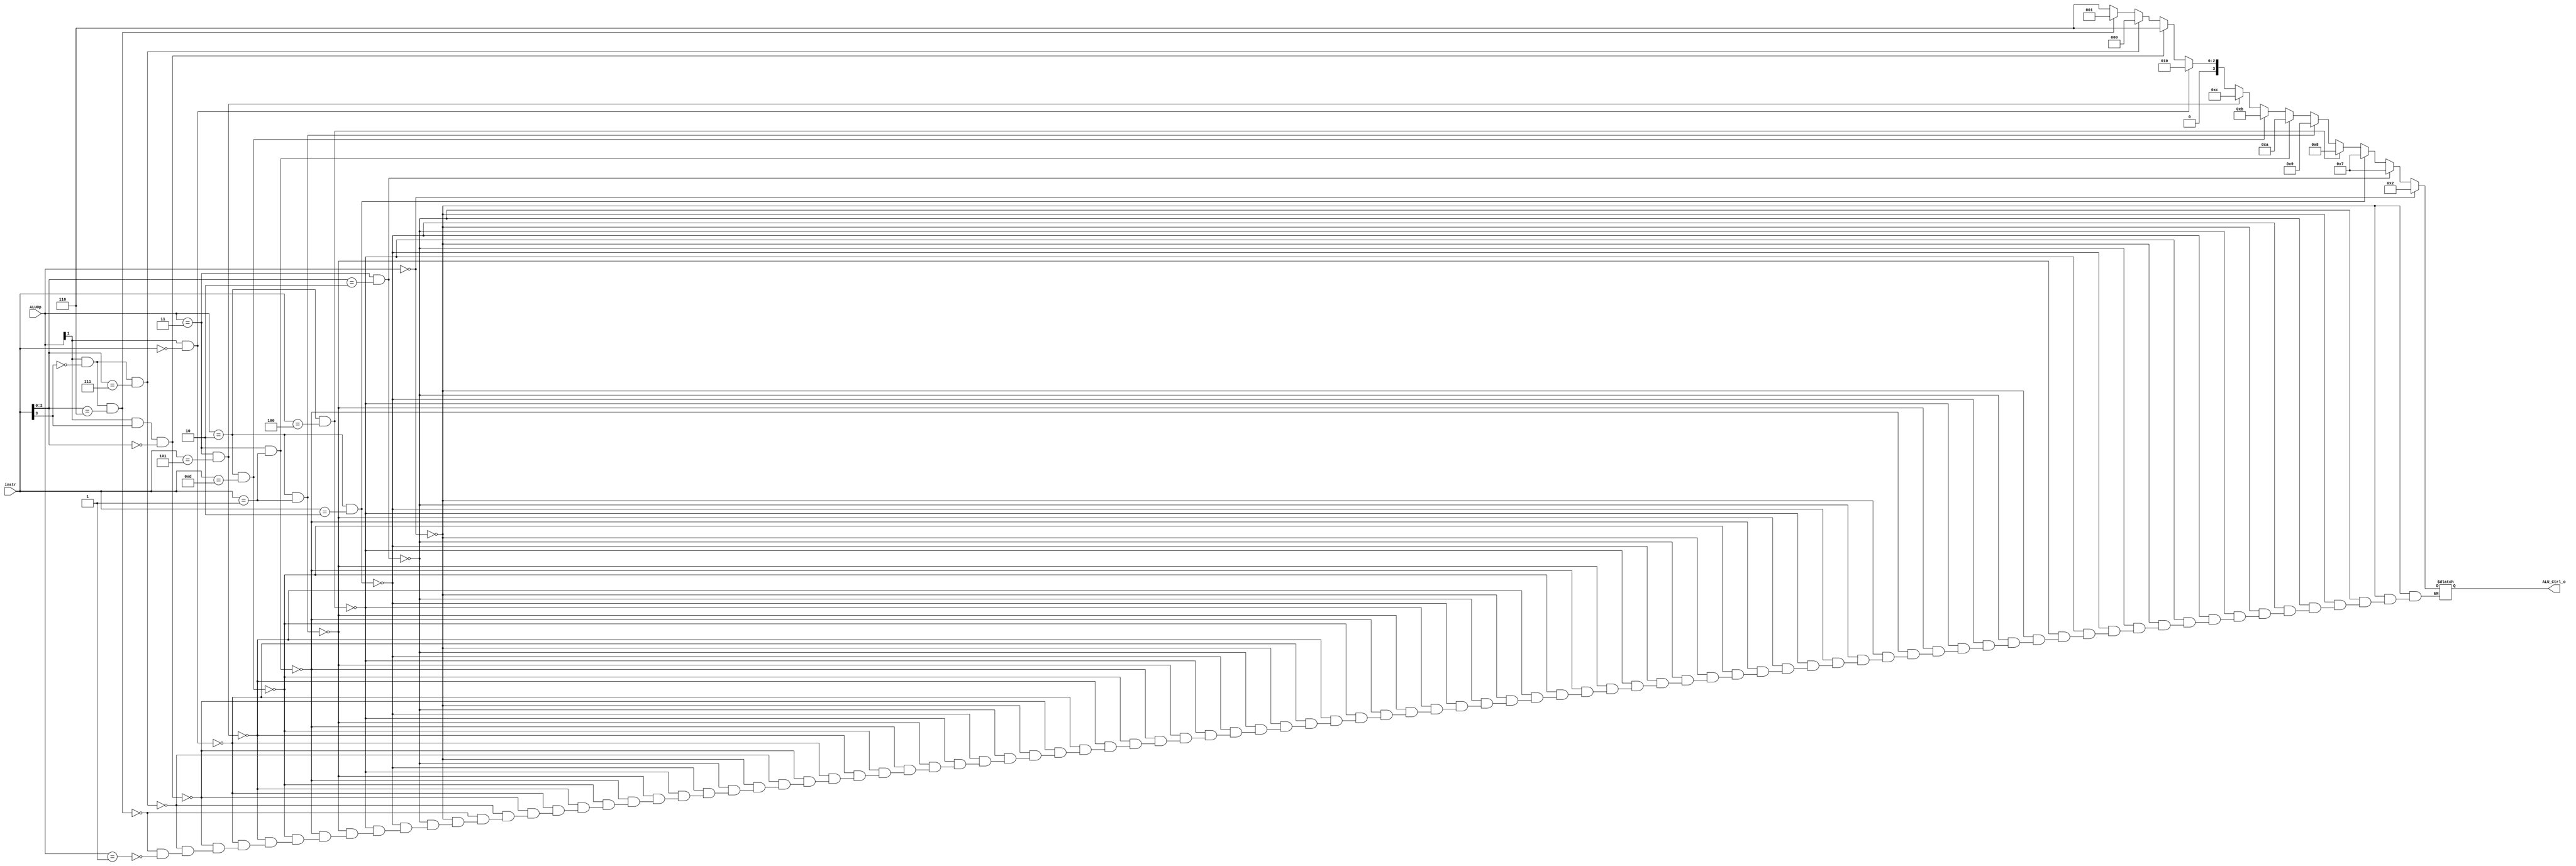
/***************************************************
Student Name: 
Student ID: 
***************************************************/

`timescale 1ns/1ps

module ALU_Ctrl(
	input	[4-1:0]	instr,
	input	[2-1:0]	ALUOp,
	output	reg [4-1:0] ALU_Ctrl_o
	);
	
/* Write your code HERE */
//note you can't not change the order of the below else if 

wire [2:0]funct3;
assign funct3 = instr[2:0];
always@(*)begin
	if(ALUOp == 0) ALU_Ctrl_o = 4'b0010;
	else if(ALUOp == 2'b11 && funct3 == 3'b010) ALU_Ctrl_o = 4'b0111;//SLTI
	else if(ALUOp == 2'b10 && instr == 4'b0010) ALU_Ctrl_o = 4'b0111;//SLT
	else if(ALUOp == 2'b10 && instr == 4'b0100) ALU_Ctrl_o = 4'b1000;//XOR
	else if(ALUOp == 2'b10 && instr == 4'b0001) ALU_Ctrl_o = 4'b1001;//sll 
	else if(ALUOp == 2'b11 && instr== 4'b0001) ALU_Ctrl_o = 4'b1010;//slli
	else if(ALUOp == 2'b10 && instr == 4'b1101) ALU_Ctrl_o = 4'b1011;//sra
	else if(ALUOp == 2'b11 && instr == 4'b0101) ALU_Ctrl_o = 4'b1100;//srli
	else if(ALUOp[1] == 1 && instr == 0) ALU_Ctrl_o = 4'b0010;
	else if(ALUOp[1] == 1 && instr[3] == 1 && instr[2:0] == 0) ALU_Ctrl_o = 4'b0110;
	else if(ALUOp[1] == 1 && instr[3] == 0 && instr[2:0] == 7) ALU_Ctrl_o = 4'b0000;
	else if(ALUOp[1] == 1 && instr[3] == 0 && instr[2:0] == 6) ALU_Ctrl_o = 4'b0001;
	else if(ALUOp == 1) ALU_Ctrl_o = 4'b0110;
end


endmodule